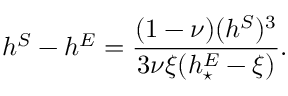
h ^ { S } - h ^ { E } = \displaystyle \frac { ( 1 - \nu ) ( h ^ { S } ) ^ { 3 } } { 3 \nu \xi ( h _ { \star } ^ { E } - \xi ) } .